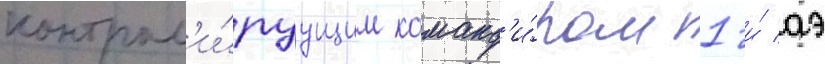
контрол'и́руущим команд'и́ром 1-и́ аэ